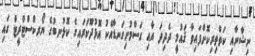
ނިޝާނާއި ކަތްތިރިކޮށްފައިވާ ޤައުމީ ދެދިދަ އާއި ގަސްމުށިގަނޑާއެކު އޮޅުދޫކަރައިގެ ކޮޅުނބުގެ ޔޯރކްސްޓްރީޓް ގައި